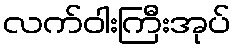
လက်ဝါးကြီးအုပ်